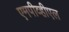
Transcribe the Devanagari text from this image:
एमपीव्हीएल